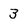
Character: 3